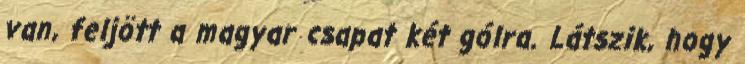
van, feljött a magyar csapat két gólra. Látszik, hogy